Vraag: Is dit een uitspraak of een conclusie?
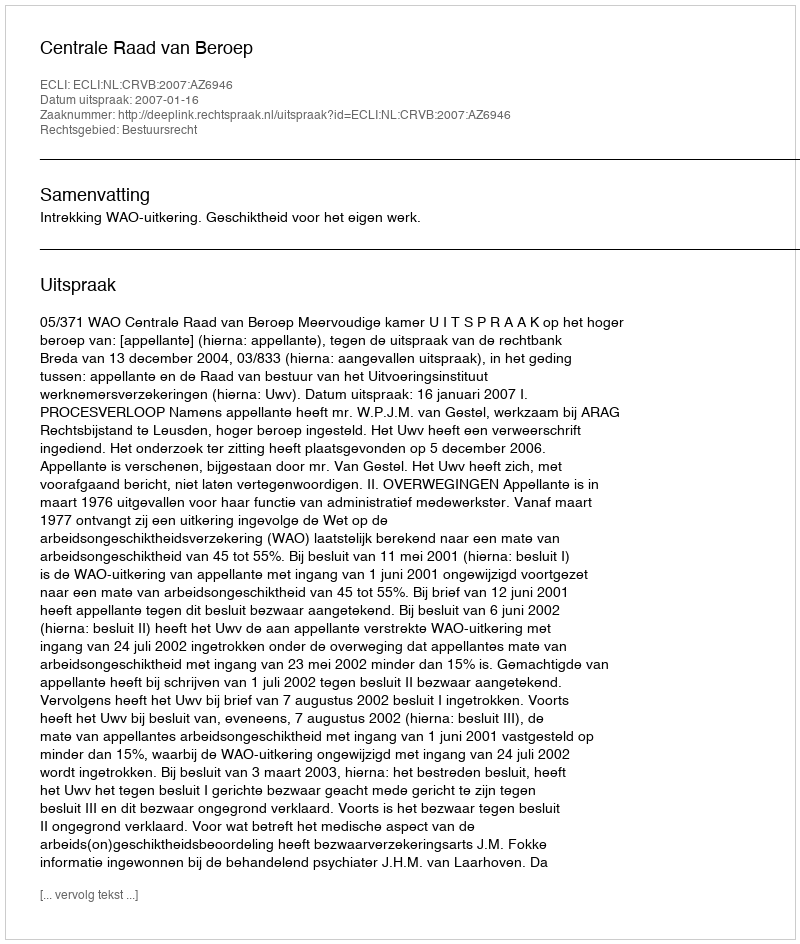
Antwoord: Uitspraak